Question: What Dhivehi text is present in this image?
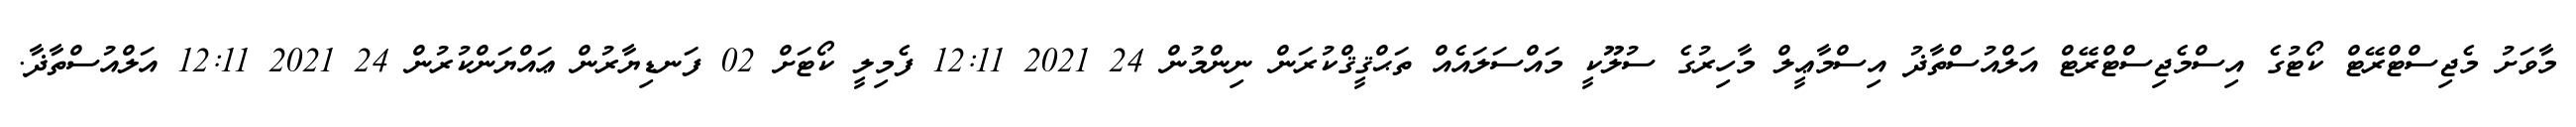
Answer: މާވަށު މެޖިސްޓްރޭޓް ކޯޓުގެ އިސްމެޖިސްޓްރޭޓް އަލްއުސްތާޛު އިސްމާޢީލް މާހިރުގެ ސުލޫކީ މައްސަލައެއް ތަޙްޤީޤްކުރަން ނިންމުން 24 2021 12:11 ފެމިލީ ކޯޓަށް 02 ފަނޑިޔާރުން ޢައްޔަންކުރުން 24 2021 12:11 އަލްއުސްތާޛާ.